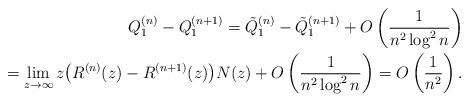
LaTeX: \begin{align*}Q_1^{(n)} - Q_1^{(n+1)} = \tilde{Q}_1^{(n)} - \tilde{Q}_1^{(n+1)} + O\left(\frac{1}{n^2\log^2 n}\right) \\\hphantom{Q_1^{(n)} - Q_1^{(n+1)}}{} = \lim_{z \to \infty}z \big(R^{(n)}(z) - R^{(n+1)}(z) \big) N(z)+ O\left(\frac{1}{n^2\log^2 n}\right) = O\left(\frac{1}{n^2}\right).\end{align*}